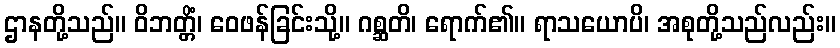
ဌာနတို့သည်။ ဝိဘတ္တိံ၊ ဝေဖန်ခြင်းသို့။ ဂစ္ဆတိ၊ ရောက်၏။ ရာသယောပိ၊ အစုတို့သည်လည်း။